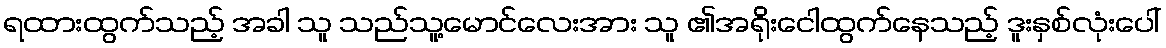
ရထားထွက်သည့် အခါ သူ သည်သူ့မောင်လေးအား သူ ၏အရိုးငေါထွက်နေသည့် ဒူးနှစ်လုံးပေါ်